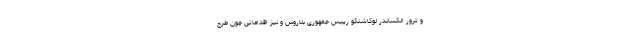
و ترور الکساندر لوکاشنکو رییس جمهوری بلاروس و نیز اقداماتی چون طرح